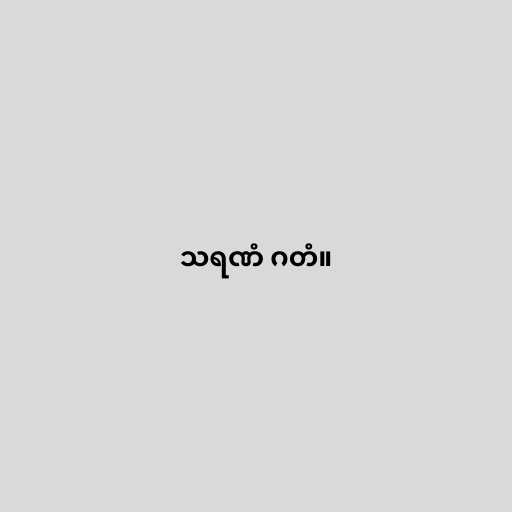
သရဏံ ဂတံ။